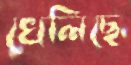
খেলিছে